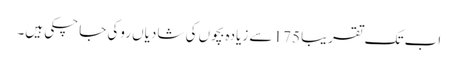
اب تک تقریبا 175 سے زیادہ بچوں کی شادیاں روکی جا چکی ہیں۔